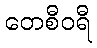
တေစီဝရီ